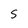
Character: s